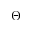
\Theta